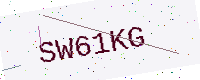
Text: SW61KG